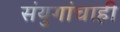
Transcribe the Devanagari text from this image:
संयुगांचाही